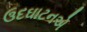
ઉદઘાટનએ